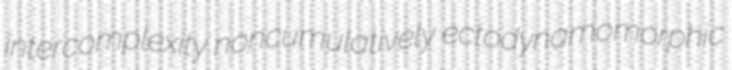
intercomplexity noncumulatively ectodynamomorphic